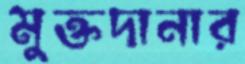
মুক্তদানার